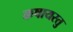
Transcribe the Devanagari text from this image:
कषायस्तु